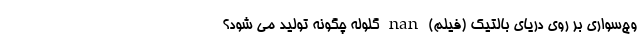
وج‌سواری بر روی دریای بالتیک (فیلم) nan گلوله چگونه تولید می شود؟